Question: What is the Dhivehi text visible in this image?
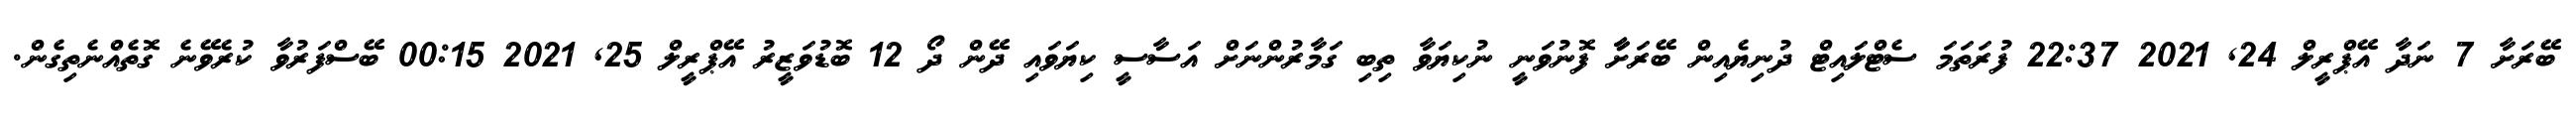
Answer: ބޭރަށާ 7 ނަދާ އޭޕްރީލް 24, 2021 22:37 ފުރަތަމަ ސެޓްލައިޓް ދުނިޔެއިން ބޭރަށާާ ފޮނުވަނީ ނުކިޔަވާ ތިބި ގަމާރުންނަށް އަސާސީ ކިޔަވައި ދޭން ދޯ 12 ބޮޑުވަޒީރު އޭޕްރީލް 25, 2021 00:15 ބޭސްފަރުވާ ކުރެވޭނެ ގޮތެއްނެތިގެން.